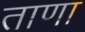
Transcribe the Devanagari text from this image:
ताणा